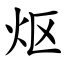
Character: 𬉼